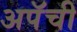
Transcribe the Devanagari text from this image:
अपॅची